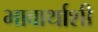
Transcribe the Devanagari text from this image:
भावार्थाशी